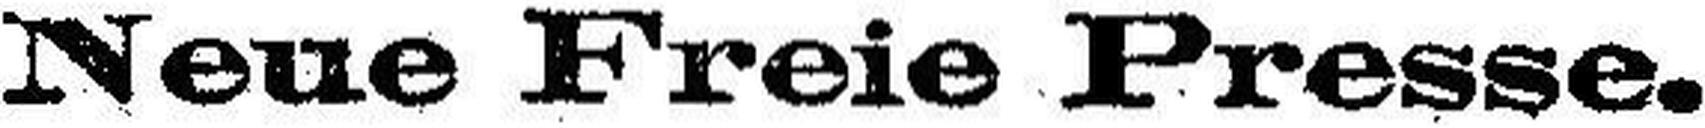
Neue Freie Presse.